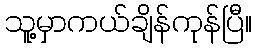
သူ့မှာကယ်ချိန်ကုန်ပြီ။